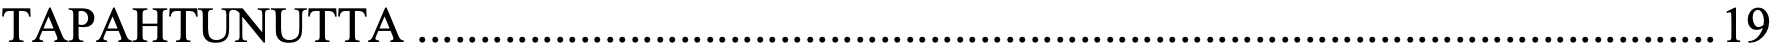
TAPAHTUNUTTA........................................................................................................19